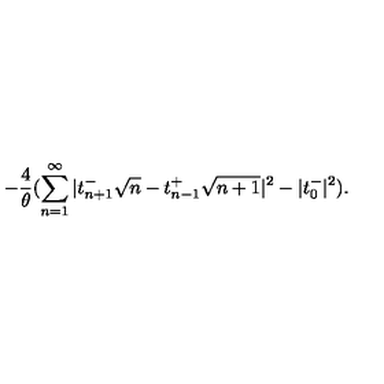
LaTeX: - \frac { 4 } { \theta } ( \sum _ { n = 1 } ^ { \infty } | t _ { n + 1 } ^ { - } \sqrt { n } - t _ { n - 1 } ^ { + } \sqrt { n + 1 } | ^ { 2 } - | t _ { 0 } ^ { - } | ^ { 2 } ) .